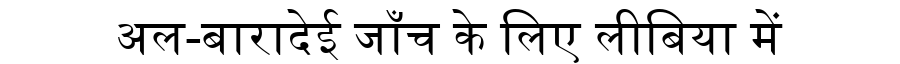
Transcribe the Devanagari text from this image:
अल-बारादेई जाँच के लिए लीबिया में